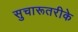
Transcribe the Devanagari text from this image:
सुचारूतरीके